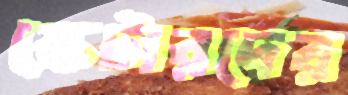
স্কেটারদের